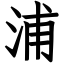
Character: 浦